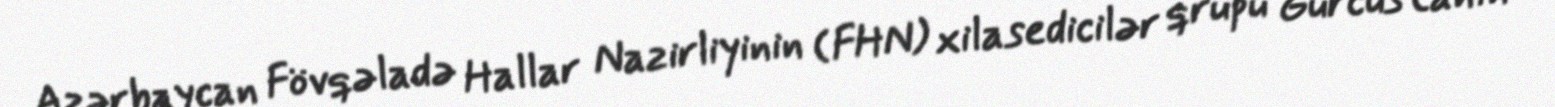
Azərbaycan Fövqəladə Hallar Nazirliyinin (FHN) xilasedicilər qrupu Gürcüstanın